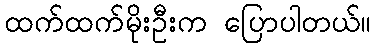
ထက်ထက်မိုးဦးက ပြောပါတယ်။